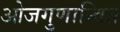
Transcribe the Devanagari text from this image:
ओजगुणान्वित